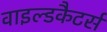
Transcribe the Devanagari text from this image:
वाइल्डकैटर्स